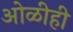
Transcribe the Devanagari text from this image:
ओळीही